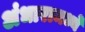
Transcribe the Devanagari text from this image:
अंधारामध्ये